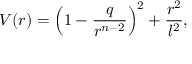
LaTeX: V ( r ) = \left( 1 - { \frac { q } { r ^ { n - 2 } } } \right) ^ { 2 } + { \frac { r ^ { 2 } } { l ^ { 2 } } } ,